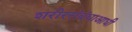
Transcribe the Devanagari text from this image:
शरीरसंबंधाआधी